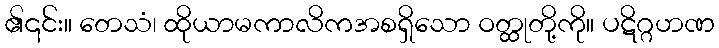
၏၎င်း။ တေသံ၊ ထိုယာမကာလိကအစရှိသော ဝတ္ထုတို့ကို။ ပဋိဂ္ဂဟဏ